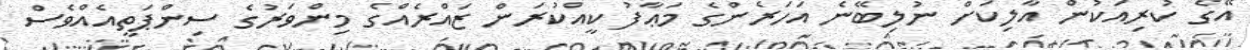
އޭގެ ކުރިއަކުން އާލިކަށް ނުލިބޭނެ އަހަރެންގެ މަޢާފު ކީއްކުރަން ޒައްރެއްގެ މިންވަރުގެ ސިންޕަތީއެއްވެސް